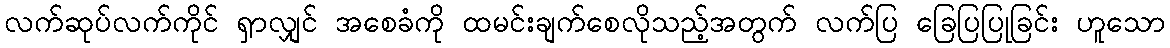
လက်ဆုပ်လက်ကိုင် ရှာလျှင် အစေခံကို ထမင်းချက်စေလိုသည့်အတွက် လက်ပြ ခြေပြပြုခြင်း ဟူသော